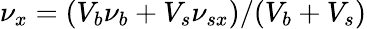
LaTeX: \nu_{x}=(V_{b}\nu_{b}+V_{s}\nu_{sx})/(V_{b}+V_{s})